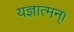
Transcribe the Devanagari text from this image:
यज्ञात्मन्‌।